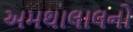
અમથાલાલનો